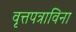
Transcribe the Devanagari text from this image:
वृत्तपत्राविना